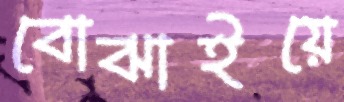
বোঝাইয়ে